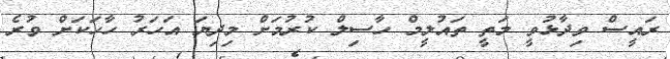
ރައީސް ވިދާޅުވީ މަތީ ތައުލީމް ހާސިލް ކުރުމަށް މިދިޔަ އަހަރު ހާހަކަށް ވުރެ